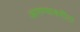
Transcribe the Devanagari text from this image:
आणण्याकरीता